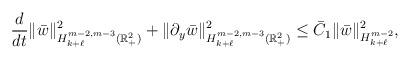
LaTeX: \begin{align*}\frac{d}{ dt}\| \bar{w}\|_{H^{m-2, m-3}_{k+\ell}(\mathbb{R}^2_+)}^2+ \|\partial_y\bar{w}\|_{H^{m-2, m-3}_{k+\ell}(\mathbb{R}^2_+)}^2\le \bar C_1\| \bar{w}\|_{H^{m-2}_{k+\ell}}^2,\end{align*}